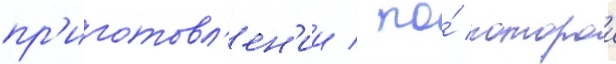
пр'иготовл'ен'ии / по́ которои